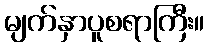
မျက်နှာပူစရာကြီး။